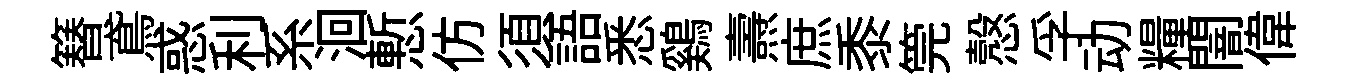
簮鳶惑利系洄慙仿須語悉鷄燾庶黍筦慤孚动糧闇偉